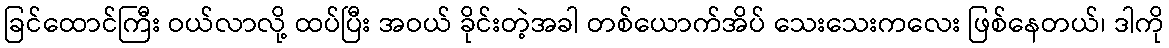
ခြင်ထောင်ကြီး ဝယ်လာလို့ ထပ်ပြီး အဝယ် ခိုင်းတဲ့အခါ တစ်ယောက်အိပ် သေးသေးကလေး ဖြစ်နေတယ်၊ ဒါကို